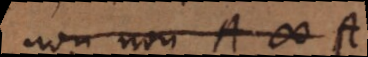
non non A # A.